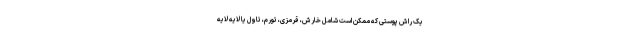
یک راش پوستی که ممکن است شامل خارش، قرمزی، تورم، تاول یا لایه لایه